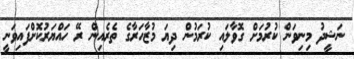
ނަޝީދު މިނިވަން ކުރުމަށް ގޮވާލައި ކުރަމުން ދިޔަ މުޒާހަރާގެ ތެރެއިން ރޭ ހައްޔަރުކޮށްފައިވަނީ